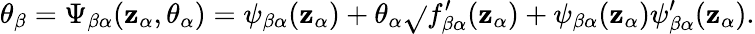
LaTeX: \theta_{\beta}=\Psi_{\beta\alpha}(\mathbf{z}_{\alpha},\theta_{\alpha})=\psi_{\beta\alpha}(\mathbf{z}_{\alpha})+\theta_{\alpha}\sqrt{}{{f_{\beta\alpha}^{\prime}(\mathbf{z}_{\alpha})+\psi_{\beta\alpha}(\mathbf{z}_{\alpha})\psi_{\beta\alpha}^{\prime}(\mathbf{z}_{\alpha})}}.